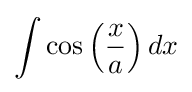
\int \cos \left({\frac {x}{a}}\right)dx